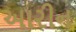
આરીન